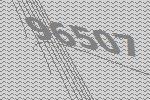
96507